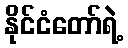
နိုင်ငံတော်ရဲ့